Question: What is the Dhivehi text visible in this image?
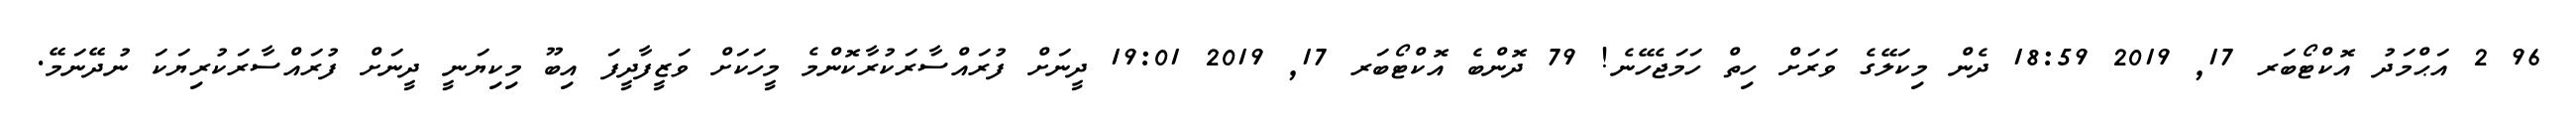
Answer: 96 2 އަޙްމަދު އޮކްޓޯބަރ 17, 2019 18:59 ދެން މިކަލޭގެ ވަރަށް ހިތް ހަމަޖެހޭނެ! 79 ދޮންބެ އޮކްޓޯބަރ 17, 2019 19:01 ދީނަށް ފުރައްސާރަކުރާކޮންމެ މީހަކަށް ވަޒީފާދީފަ އިބޫ މިކިޔަނީ ދީނަށް ފުރައްސާރަކުރިޔަކަ ނުދޭނަމޭ.